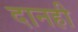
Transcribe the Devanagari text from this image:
दानही